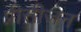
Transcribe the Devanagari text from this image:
प्रीसीजन